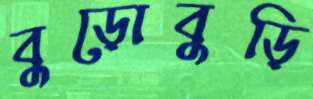
বুড়োবুড়ি